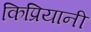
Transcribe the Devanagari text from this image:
किप्रियानी